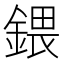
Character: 鍡